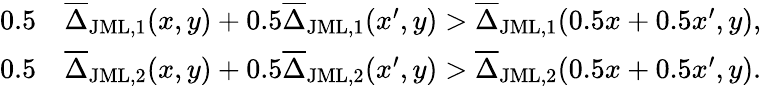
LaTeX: \begin{array}{rl}{0.5}&{\overline{{\Delta}}_{\mathrm{JML,1}}(x,y)+0.5\overline{{\Delta}}_{\mathrm{JML,1}}(x^{\prime},y)>\overline{{\Delta}}_{\mathrm{JML,1}}(0.5x+0.5x^{\prime},y),}\\ {0.5}&{\overline{{\Delta}}_{\mathrm{JML,2}}(x,y)+0.5\overline{{\Delta}}_{\mathrm{JML,2}}(x^{\prime},y)>\overline{{\Delta}}_{\mathrm{JML,2}}(0.5x+0.5x^{\prime},y).}\end{array}